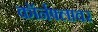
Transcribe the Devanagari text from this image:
कॉर्नफ्लावर